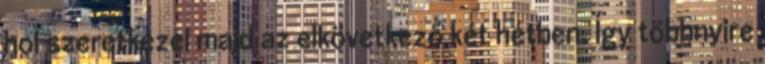
hol szeretkezel majd az elkövetkező két hétben. Így többnyire